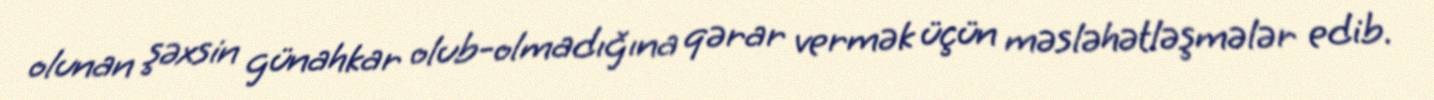
olunan şəxsin günahkar olub-olmadığına qərar vermək üçün məsləhətləşmələr edib.